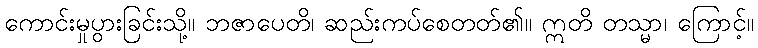
ကောင်းမှုပွားခြင်းသို့။ ဘဇာပေတိ၊ ဆည်းကပ်စေတတ်၏။ ဣတိ တသ္မာ၊ ကြောင့်။